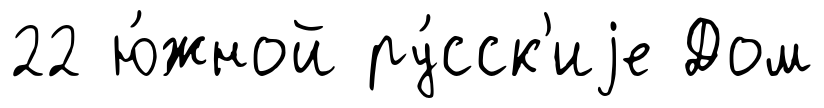
22 ю́жной ру́сск'иjе Дом